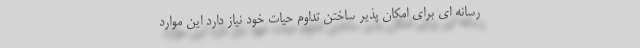
رسانه ای برای امکان پذیر ساختن تداوم حیات خود نیاز دارد این موارد